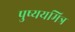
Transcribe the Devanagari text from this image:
पुष्ययमित्र